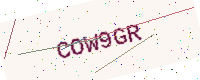
Text: COW9GR